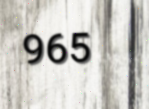
965